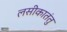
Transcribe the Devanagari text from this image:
लसीकातंतु